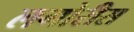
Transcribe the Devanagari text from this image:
लगोरीस